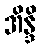
အိန္ဒိ